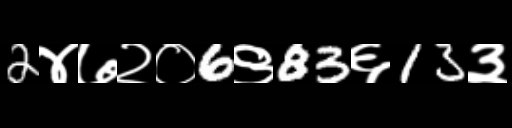
Text: 2४७२०6९83६13३